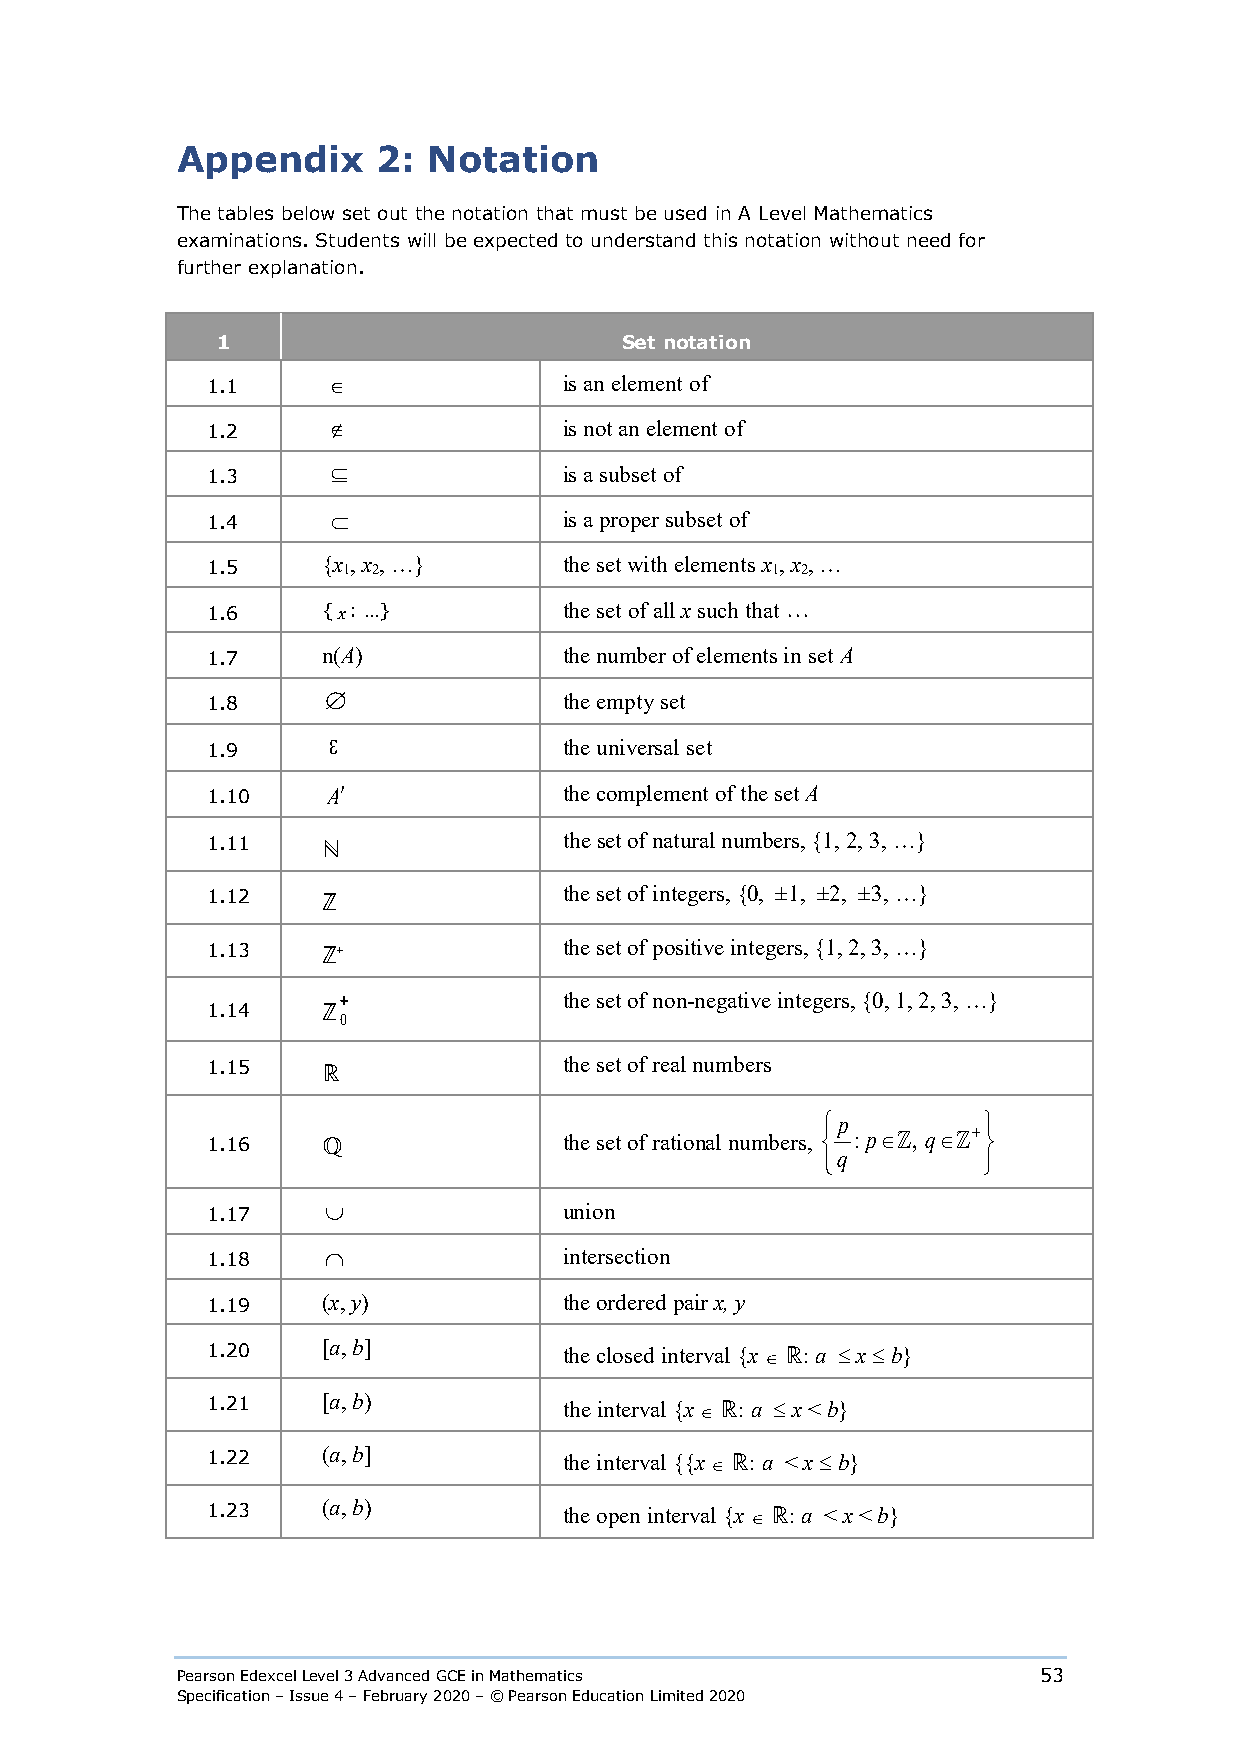
Appendix     2: Notation
 The tables below set out the notation that must be used in A Level Mathematics
 examinations. Students will be expected to understand this notation without need for
 further explanation.
 1                          Set notation
 1.1     ∈              is an element of
 1.2     ∉              is not an element of
 1.3     ⊆              is a subset of
 1.4     ⊂              is a proper subset of
 1.5    {x 1, x 2, …}   the set with elements x 1, x 2, …
 
 1.6    {x: …}          the set of all x such that
 1.7    n(A)            the number of elements in set A
 1.8    ∅               the empty set
 1.9
 ε
 the universal set
 1.10    A′             the complement of the set A
 1.11
 ℕ
 the set of natural numbers, {1, 2, 3, …}
 1.12
 ℤ
 the set of integers, {0, ±1, ±2, ±3, …}
 1.13   ℤ +             the set of positive integers, {1, 2, 3, …}
 +             the set of non-negative integers, {0, 1, 2, 3, …}
 1.14   ℤ
 0
 1.15
 ℝ
 the set of real numbers
 p         
 1.16   ℚ               the set of rational numbers,  :p∈ , q∈ + 
 q         
 1.17    ∪              union
 1.18    ∩              intersection
 1.19   (x, y)          the ordered pair x, y
 1.20   [a, b]          the closed interval {x ∈ ℝ: a ≤ x ≤ b}
 1.21   [a, b)          the interval {x ∈ ℝ: a ≤ x < b}
 1.22   (a, b]          the interval {{x ∈ ℝ: a < x ≤ b}
 1.23   (a, b)          the open interval {x ∈ ℝ: a < x < b}
 Pearson Edexcel Level 3 Advanced GCE in Mathematics      53
 Specification – Issue 4 – February 2020 – © Pearson Education Limited 2020